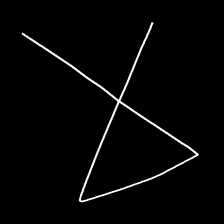
Glyph: collection